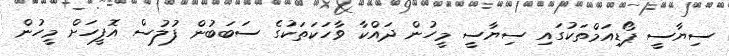
ސިޔާސީ ޕޯޑިއަމްތަކުގައި ސިޔާސީ މީހުން ދައްކާ ވާހަކަތަކުގެ ސަބަބުން ފުލުސް އޮފީހަށް މީހުން